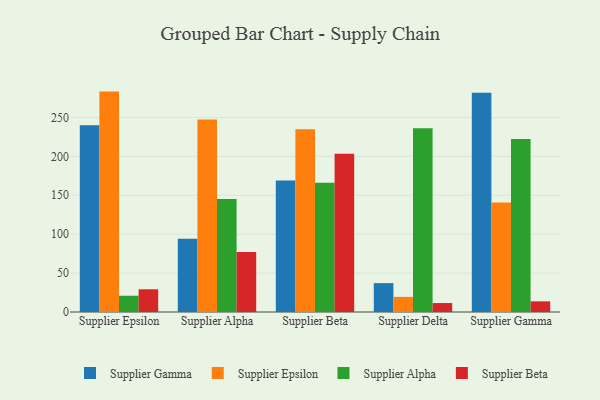
{"axis": {"x": "Supplier", "y": "Active Users"}, "legend": ["Supplier Alpha", "Supplier Beta", "Supplier Epsilon", "Supplier Gamma"], "data": [{"x": "Supplier Epsilon", "y": 239.9, "type": "Supplier Gamma"}, {"x": "Supplier Epsilon", "y": 283.2, "type": "Supplier Epsilon"}, {"x": "Supplier Epsilon", "y": 20.9, "type": "Supplier Alpha"}, {"x": "Supplier Epsilon", "y": 29.2, "type": "Supplier Beta"}, {"x": "Supplier Alpha", "y": 94.0, "type": "Supplier Gamma"}, {"x": "Supplier Alpha", "y": 247.3, "type": "Supplier Epsilon"}, {"x": "Supplier Alpha", "y": 145.2, "type": "Supplier Alpha"}, {"x": "Supplier Alpha", "y": 77.0, "type": "Supplier Beta"}, {"x": "Supplier Beta", "y": 169.1, "type": "Supplier Gamma"}, {"x": "Supplier Beta", "y": 234.9, "type": "Supplier Epsilon"}, {"x": "Supplier Beta", "y": 166.1, "type": "Supplier Alpha"}, {"x": "Supplier Beta", "y": 203.3, "type": "Supplier Beta"}, {"x": "Supplier Delta", "y": 37.1, "type": "Supplier Gamma"}, {"x": "Supplier Delta", "y": 19.4, "type": "Supplier Epsilon"}, {"x": "Supplier Delta", "y": 236.0, "type": "Supplier Alpha"}, {"x": "Supplier Delta", "y": 11.5, "type": "Supplier Beta"}, {"x": "Supplier Gamma", "y": 281.6, "type": "Supplier Gamma"}, {"x": "Supplier Gamma", "y": 140.7, "type": "Supplier Epsilon"}, {"x": "Supplier Gamma", "y": 222.2, "type": "Supplier Alpha"}, {"x": "Supplier Gamma", "y": 13.7, "type": "Supplier Beta"}]}